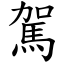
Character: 駕